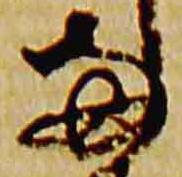
両